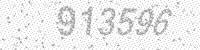
Solution: 913596